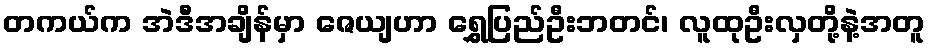
တကယ်က အဲဒီအချိန်မှာ ဇေယျဟာ ရွှေပြည်ဦးဘတင်၊ လူထုဦးလှတို့နဲ့အတူ